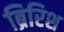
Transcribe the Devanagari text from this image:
ब्रिरिश